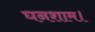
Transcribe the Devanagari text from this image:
घनशाम।